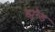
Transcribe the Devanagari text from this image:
ड्युरैंड